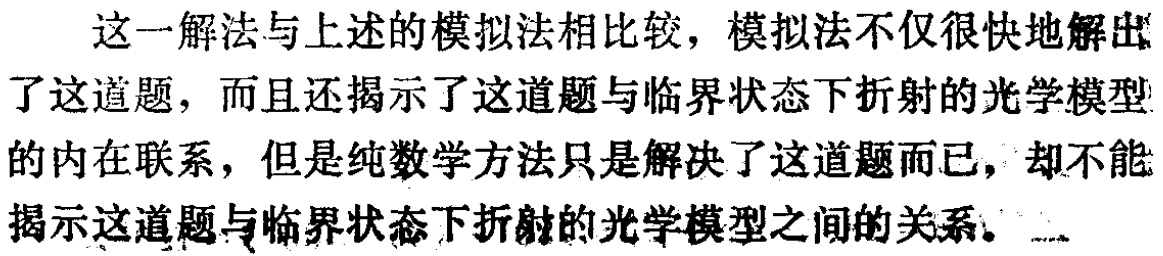
这一解法与上述的模拟法相比较，模拟法不仅很快地解出了这道题，而且还揭示了这道题与临界状态下折射的光学模型的内在联系，但是纯数学方法只是解决了这道题而已，却不能揭示这道题与临界状态下折射的光学模型之间的关系。